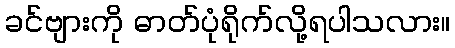
ခင်ဗျားကို ဓာတ်ပုံရိုက်လို့ရပါသလား။